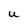
Character: W